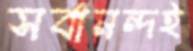
সর্বানন্দই